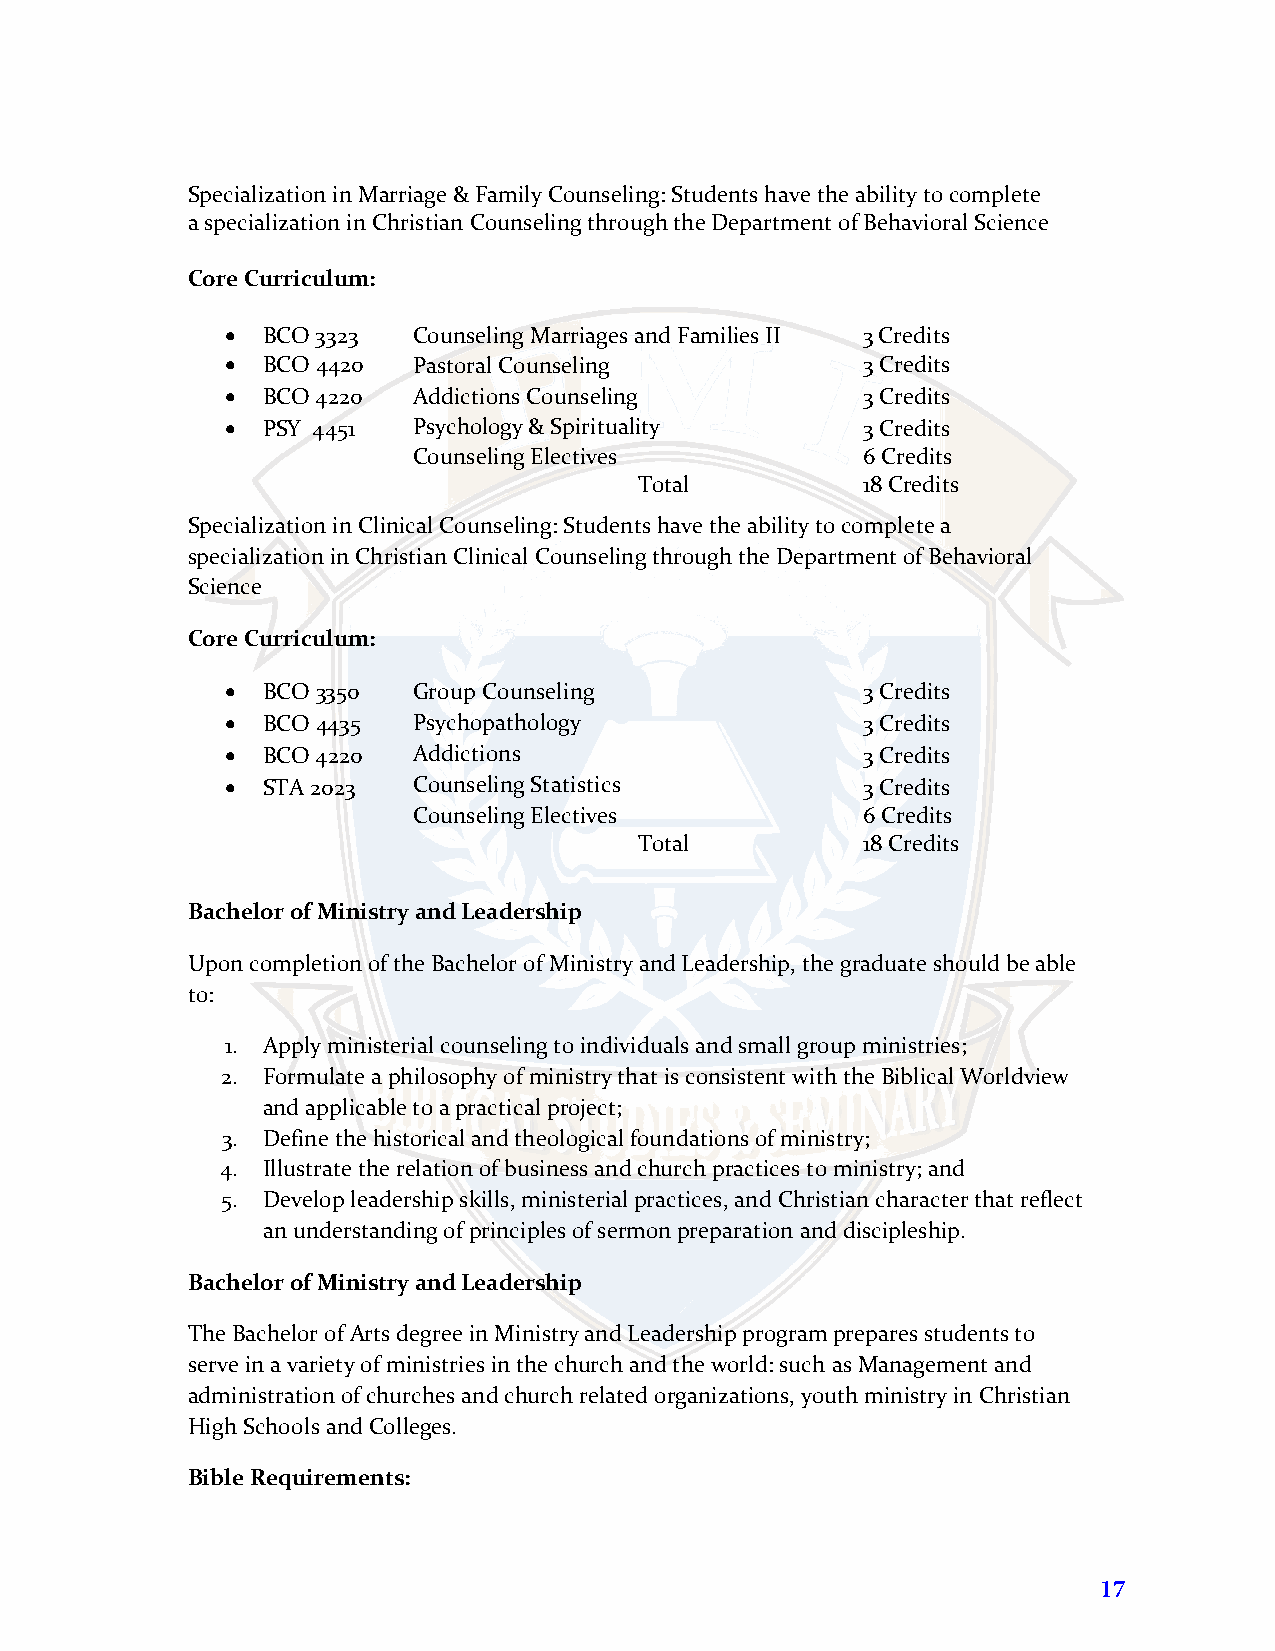
Specialization in Marriage & Family Counseling: Students have the ability to complete
 a specialization in Christian Counseling through the Department of Behavioral Science
 Core Curriculum:
 • BCO 3323  Counseling Marriages and Families II 3 Credits
 • BCO 4420  Pastoral Counseling           3 Credits
 • BCO 4220  Addictions Counseling         3 Credits
 • PSY 4451  Psychology & Spirituality     3 Credits
 Counseling Electives          6 Credits
 Total          18 Credits
 Specialization in Clinical Counseling: Students have the ability to complete a
 specialization in Christian Clinical Counseling through the Department of Behavioral
 Science
 Core Curriculum:
 • BCO 3350  Group Counseling              3 Credits
 • BCO 4435  Psychopathology               3 Credits
 • BCO 4220  Addictions                    3 Credits
 • STA 2023  Counseling Statistics         3 Credits
 Counseling Electives          6 Credits
 Total          18 Credits
 Bachelor of Ministry and Leadership
 Upon completion of the Bachelor of Ministry and Leadership, the graduate should be able
 to:
 1. Apply ministerial counseling to individuals and small group ministries;
 2. Formulate a philosophy of ministry that is consistent with the Biblical Worldview
 and applicable to a practical project;
 3. Define the historical and theological foundations of ministry;
 4. Illustrate the relation of business and church practices to ministry; and
 5. Develop leadership skills, ministerial practices, and Christian character that reflect
 an understanding of principles of sermon preparation and discipleship.
 Bachelor of Ministry and Leadership
 The Bachelor of Arts degree in Ministry and Leadership program prepares students to
 serve in a variety of ministries in the church and the world: such as Management and
 administration of churches and church related organizations, youth ministry in Christian
 High Schools and Colleges.
 Bible Requirements:
 17